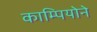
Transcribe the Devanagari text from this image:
काम्पियोने